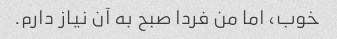
خوب، اما من فردا صبح به آن نیاز دارم.